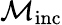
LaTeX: \mathcal{M}_{\mathrm{inc}}